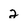
Character: 2